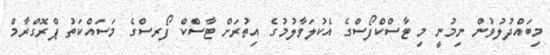
މިބައްދުލުވުން ނިމުނީ މި ޓާސްކްފޯސްގެ އެކުލަވާލުމުގެ އިތުރަށް ޓާސްކް ފޯރސްގެ މަސައްކަތު ޕްރޮގްރާމް